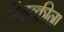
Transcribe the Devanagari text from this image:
म्यित्कीना